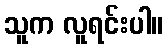
သူက လူရင်းပါ။